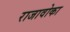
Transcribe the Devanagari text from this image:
राजावोका